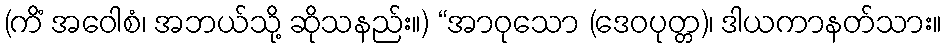
(ကိံ အဝေါစံ၊ အဘယ်သို့ ဆိုသနည်း။) “အာဝုသော (ဒေဝပုတ္တ)၊ ဒါယကာနတ်သား။